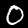
Label: 0